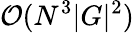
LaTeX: \mathcal{O}(N^{3}|G|^{2})